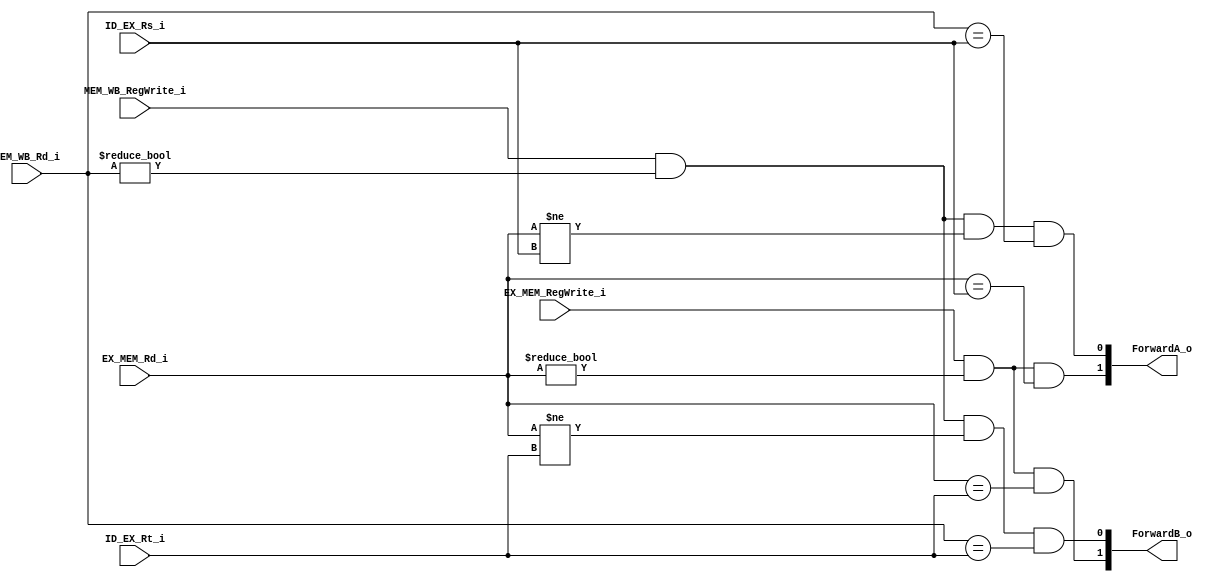
module Forwarding (
    EX_MEM_RegWrite_i,
    EX_MEM_Rd_i,

    MEM_WB_RegWrite_i, 
    MEM_WB_Rd_i,

    ID_EX_Rs_i, ID_EX_Rt_i,

    ForwardA_o, ForwardB_o
);

input           EX_MEM_RegWrite_i, MEM_WB_RegWrite_i;
input  [4:0]    EX_MEM_Rd_i, MEM_WB_Rd_i, ID_EX_Rs_i, ID_EX_Rt_i;
output [1:0]    ForwardA_o, ForwardB_o;

assign ForwardA_o[1] = (EX_MEM_RegWrite_i) && (EX_MEM_Rd_i != 0) && (EX_MEM_Rd_i == ID_EX_Rs_i);
assign ForwardB_o[1] = (EX_MEM_RegWrite_i) && (EX_MEM_Rd_i != 0) && (EX_MEM_Rd_i == ID_EX_Rt_i);

assign ForwardA_o[0] = (MEM_WB_RegWrite_i) && (MEM_WB_Rd_i != 0) && (EX_MEM_Rd_i != ID_EX_Rs_i) && (MEM_WB_Rd_i == ID_EX_Rs_i);
assign ForwardB_o[0] = (MEM_WB_RegWrite_i) && (MEM_WB_Rd_i != 0) && (EX_MEM_Rd_i != ID_EX_Rt_i) && (MEM_WB_Rd_i == ID_EX_Rt_i);

endmodule